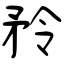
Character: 矝